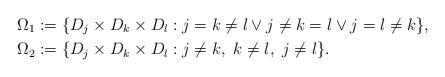
LaTeX: \begin{align*}\Omega_1&:=\{D_j\times D_k\times D_l: j=k\ne l\vee j\ne k=l\vee j=l\ne k\},\\\Omega_2&:=\{D_j\times D_k\times D_l: j\ne k,\ k\ne l,\ j\ne l\}.\end{align*}